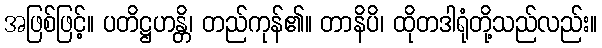
အဖြစ်ဖြင့်။ ပတိဋ္ဌဟန္တိ၊ တည်ကုန်၏။ တာနိပိ၊ ထိုတဒါရုံတို့သည်လည်း။